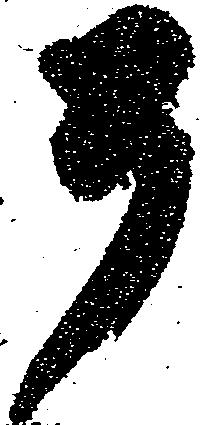
そ